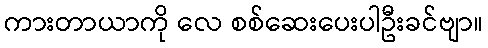
ကားတာယာကို လေ စစ်ဆေးပေးပါဦးခင်ဗျာ။